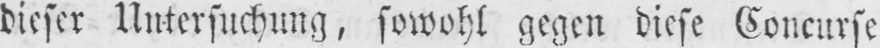
dieser Untersuchung, sowohl gegen diese Concurse